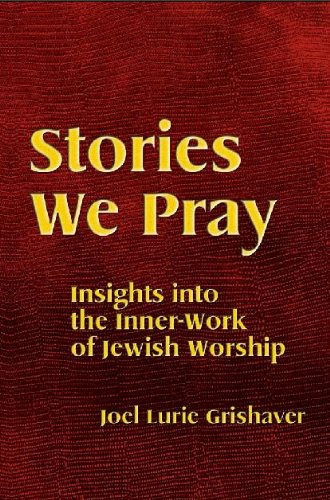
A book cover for Stories We Pray: Insights into the Inner-Work of Jewish Worship; Joel Lurie Grishaver; Religion & Spirituality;